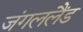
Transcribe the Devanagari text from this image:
जंगललैंड